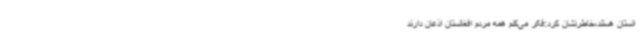
انستان هستند،خاطرنشان کرد:فکر می‌کنم همه مردم افغانستان اذعان دارند